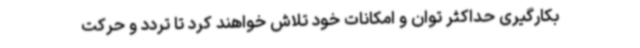
بکارگیری حداکثر توان و امکانات خود تلاش خواهند کرد تا تردد و حرکت